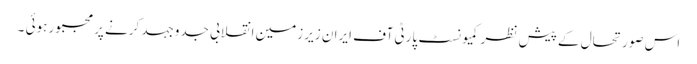
اس صورتحال کے پیش نظر کمیونسٹ پارٹی آف ایران زیر زمین انقلابی جدوجہد کرنے پر مجبور ہوئی ۔